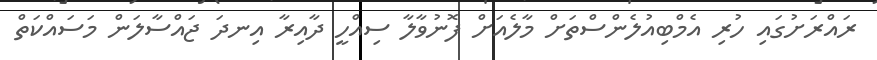
ރައްރަށުގައި ހުރި އެމްބިއުލެންސްތަށް މާލެއަށް ފޮނުވާލާ ސިއްހީ ދާއިރާ އިނދަ ޖައްސާލަން މަސައްކަތް